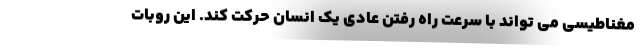
مغناطیسی می تواند با سرعت راه رفتن عادی یک انسان حرکت کند. این روبات